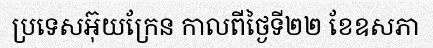
ប្រទេសអ៊ុយក្រែន កាលពីថ្ងៃទី២២ ខែឧសភា